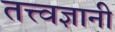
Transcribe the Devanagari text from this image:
तत्त्‍वज्ञानी